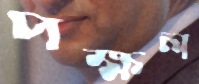
পক্ষল